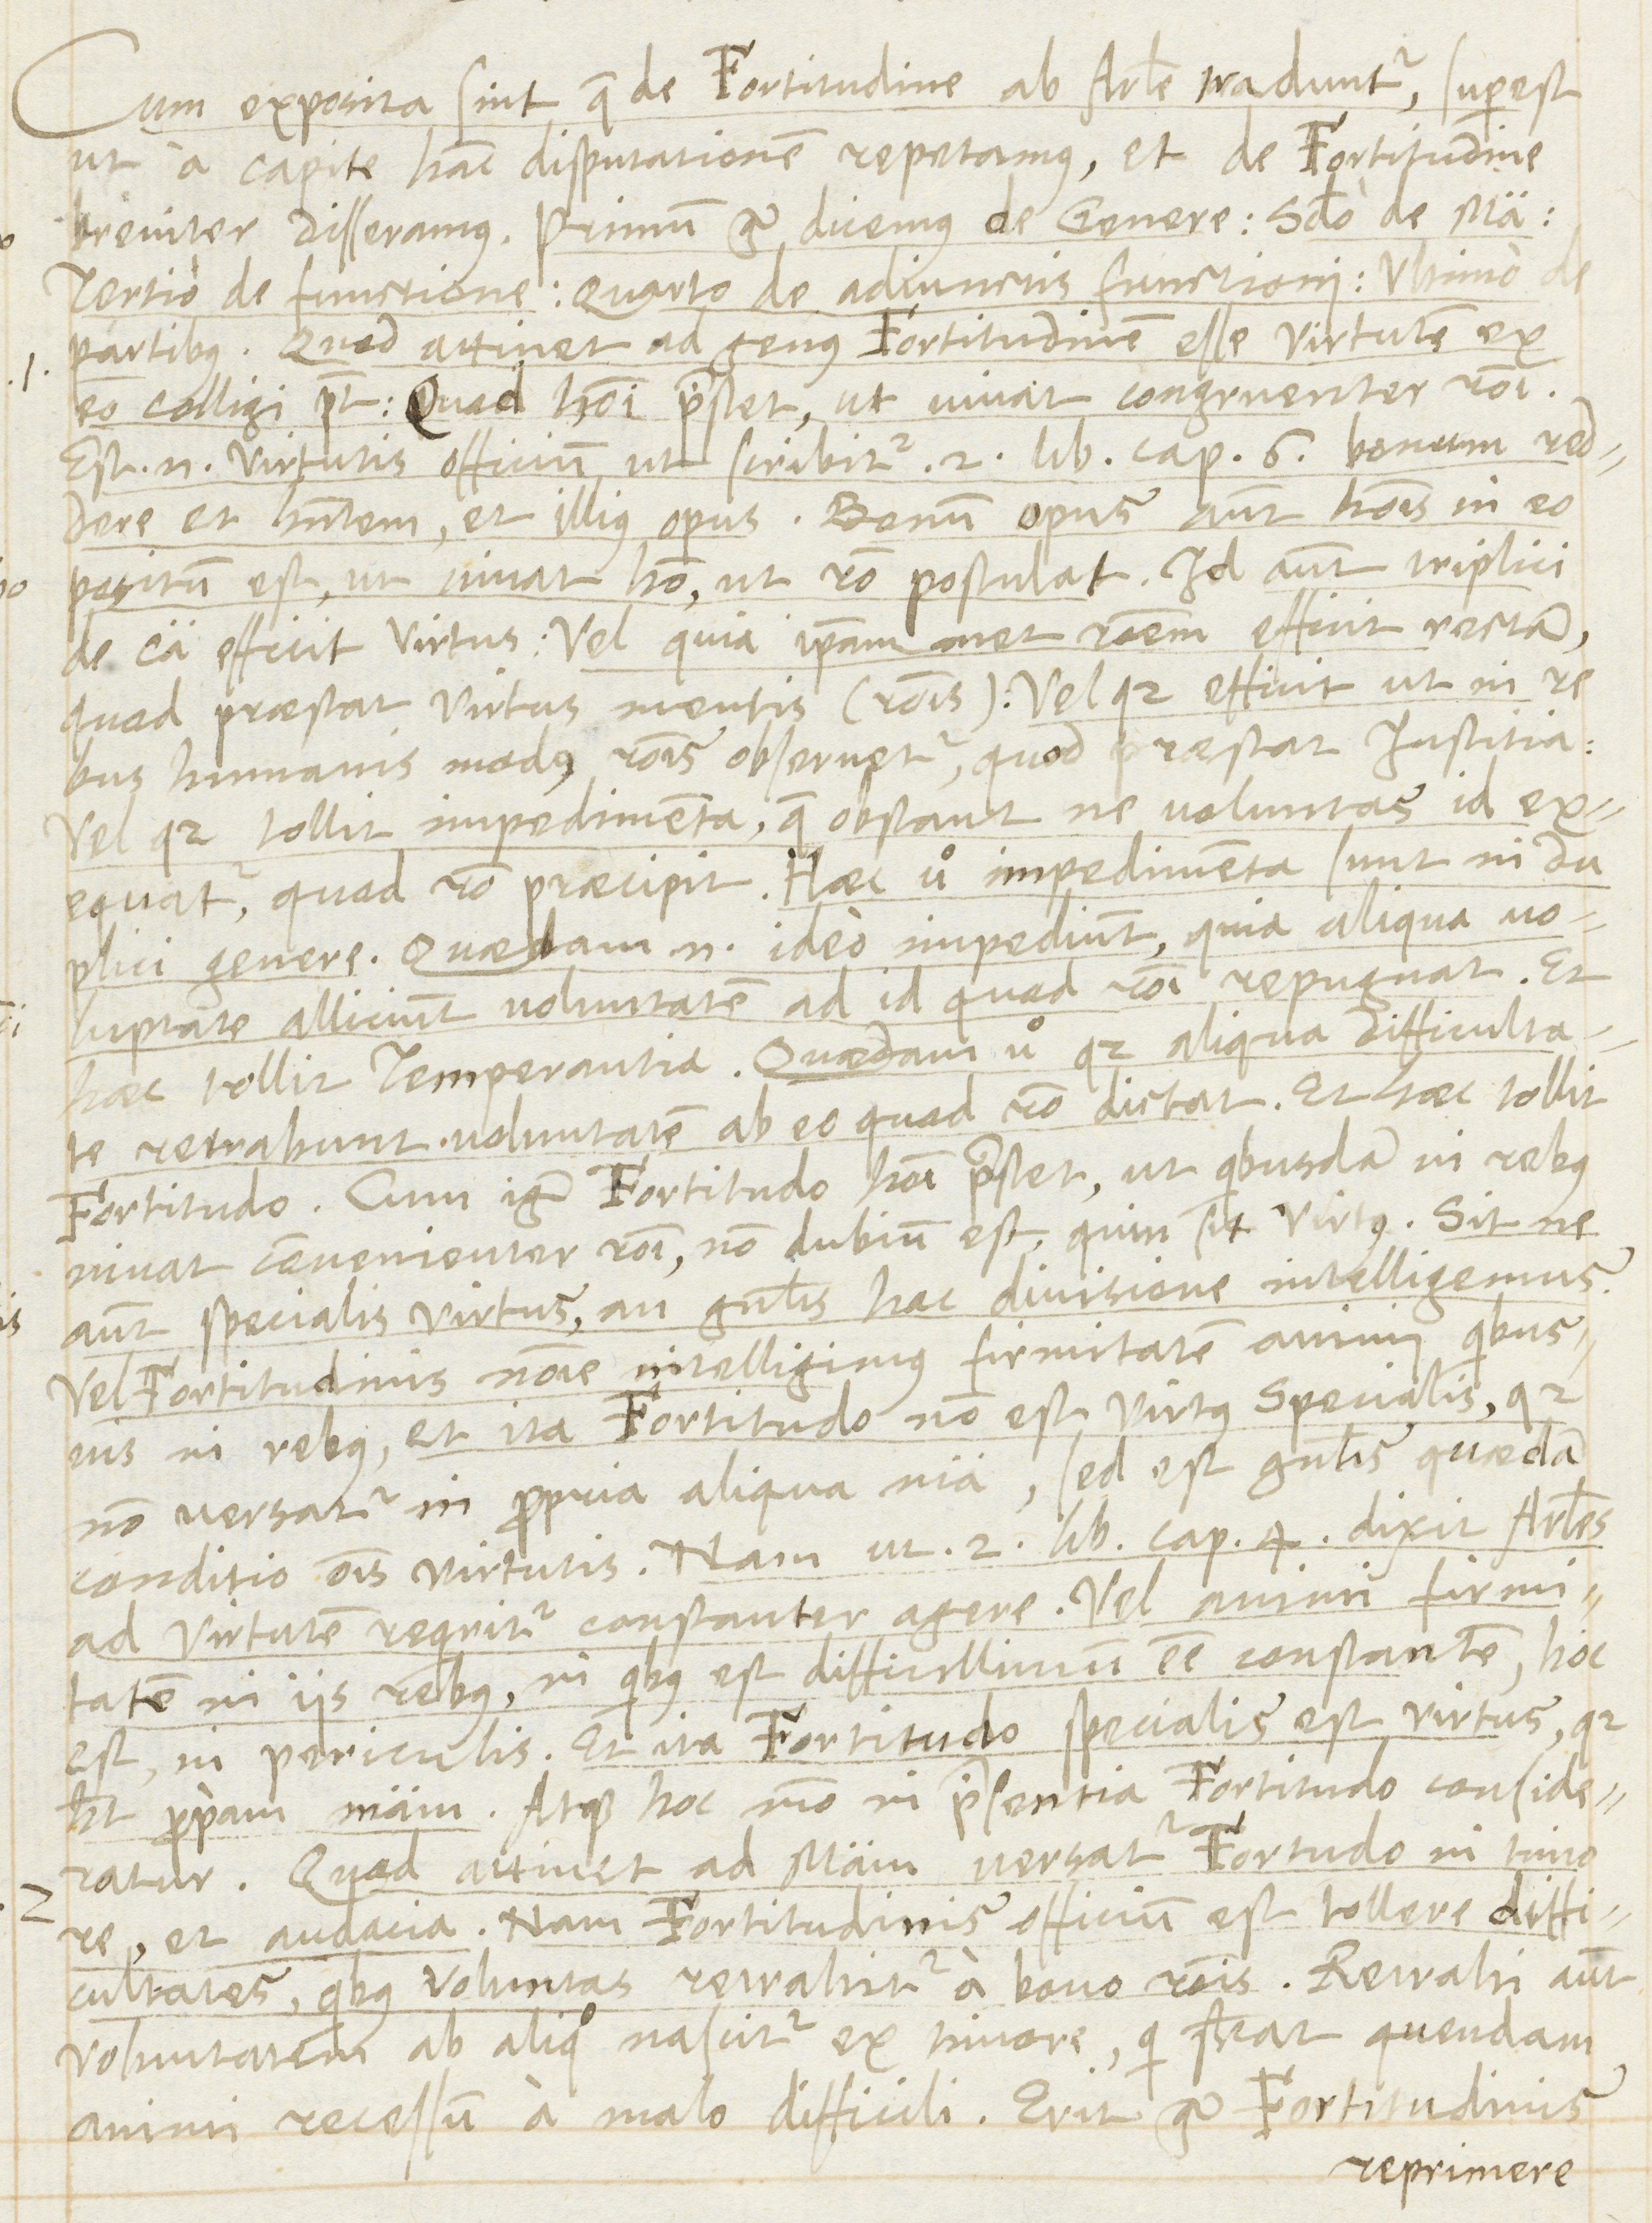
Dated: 1566–1566